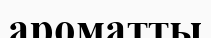
ароматты